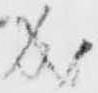
成